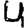
Digit: 4